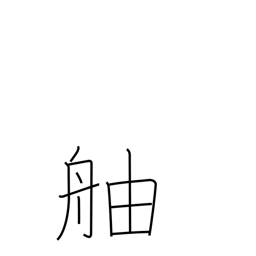
Meaning: prow